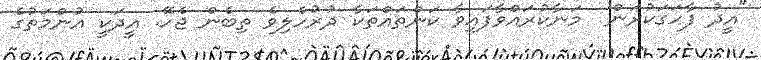
"އީދު ފާހަގަކުރަން  މަނާކުރައްވާފައިވާ ކަންތައްތަކާ ދުރުހެލިވެ ތިބެން ޖެހޭ. އީދަކީ އުންމަތުގެ